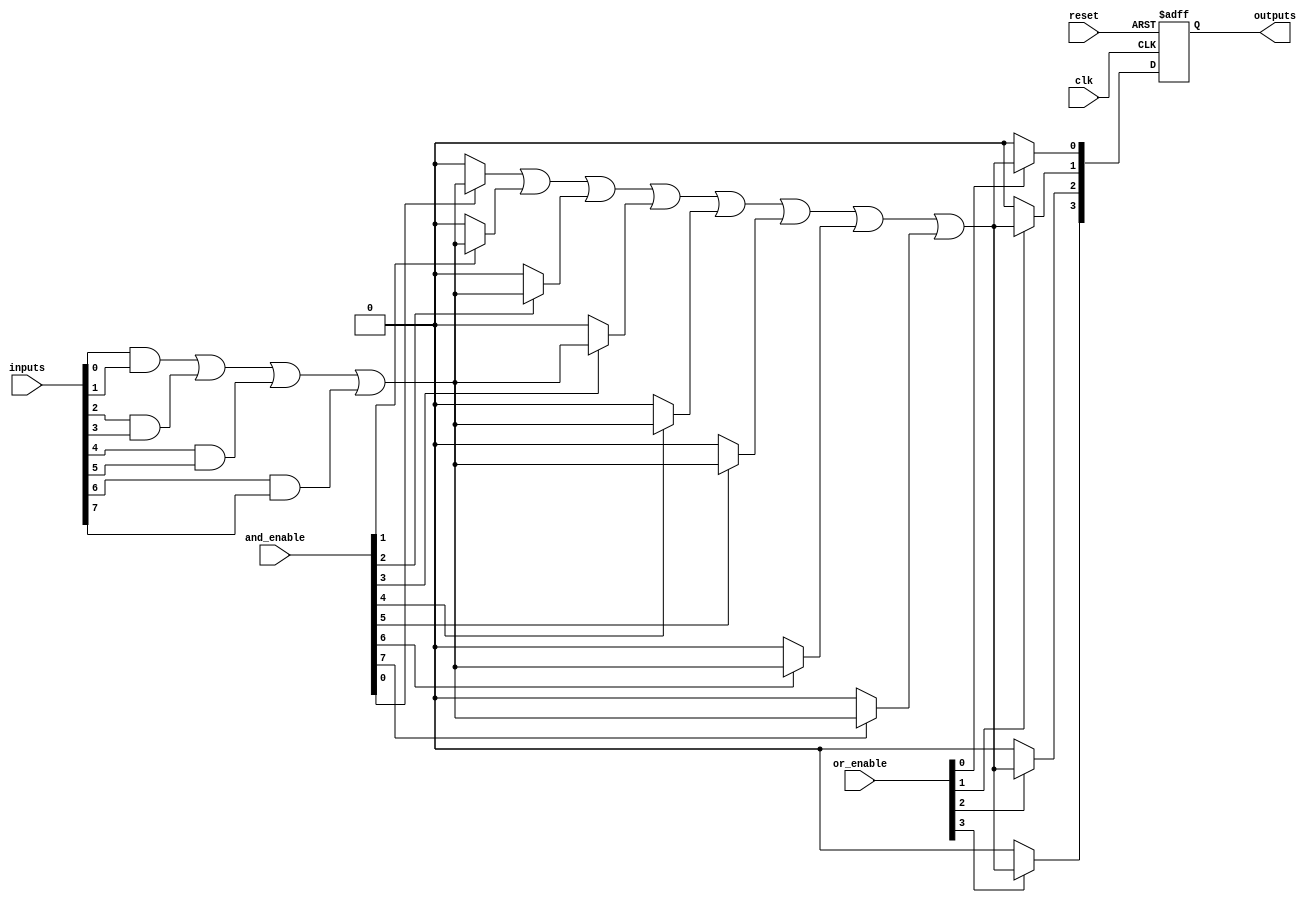
module RPAL #(
    parameter NUM_INPUTS = 8,     // Number of input signals
    parameter NUM_AND_TERMS = 8,   // Number of product terms
    parameter NUM_OUTPUTS = 4      // Number of output signals
)(
    input wire [NUM_INPUTS-1:0] inputs,           // Input lines
    input wire [NUM_AND_TERMS-1:0] and_enable,    // Control signals for AND array
    input wire [NUM_OUTPUTS-1:0] or_enable,        // Control signals for OR array
    input wire clk,                                // Clock input
    input wire reset,                              // Asynchronous reset
    output reg [NUM_OUTPUTS-1:0] outputs          // Output lines
);

    // Internal signals
    wire [NUM_AND_TERMS-1:0] and_terms;          // Product terms from AND array
    wire [NUM_OUTPUTS-1:0] or_terms;             // Combined product terms from OR array

    // Programmable AND Array
    genvar i, j;
    generate
        for (i = 0; i < NUM_AND_TERMS; i = i + 1) begin: and_array
            assign and_terms[i] = and_enable[i] ?
                (inputs[0] & inputs[1]) | (inputs[2] & inputs[3]) | (inputs[4] & inputs[5]) | (inputs[6] & inputs[7]) : 0; // Example usage of inputs
        end
    endgenerate

    // Programmable OR Array
    generate
        for (j = 0; j < NUM_OUTPUTS; j = j + 1) begin: or_array
            assign or_terms[j] = or_enable[j] ?
                (and_terms[0] | and_terms[1] | and_terms[2] | and_terms[3] | and_terms[4] | and_terms[5] | and_terms[6] | and_terms[7]) : 0; // Combine all product terms
        end
    endgenerate

    // Registered outputs
    always @(posedge clk or posedge reset) begin
        if (reset) begin
            outputs <= 0; // Reset outputs
        end else begin
            outputs <= or_terms; // Capture output terms into registers
        end
    end

endmodule